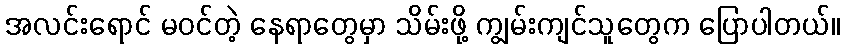
အလင်းရောင် မဝင်တဲ့ နေရာတွေမှာ သိမ်းဖို့ ကျွမ်းကျင်သူတွေက ပြောပါတယ်။